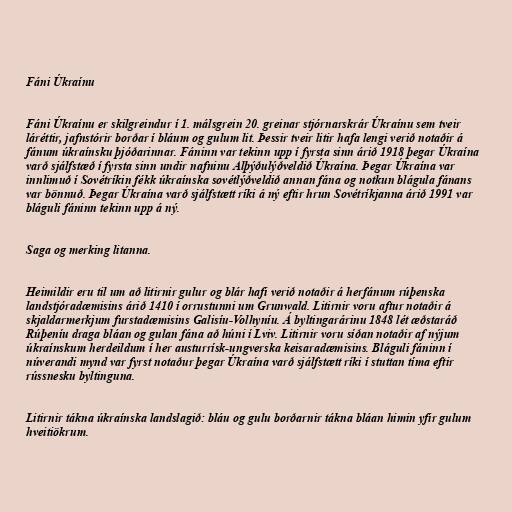
Fáni Úkraínu

Fáni Úkraínu er skilgreindur í 1. málsgrein 20. greinar stjórnarskrár Úkraínu sem tveir
láréttir, jafnstórir borðar í bláum og gulum lit. Þessir tveir litir hafa lengi verið notaðir á
fánum úkraínsku þjóðarinnar. Fáninn var tekinn upp í fyrsta sinn árið 1918 þegar Úkraína
varð sjálfstæð í fyrsta sinn undir nafninu Alþýðulýðveldið Úkraína. Þegar Úkraína var
innlimuð í Sovétríkin fékk úkraínska sovétlýðveldið annan fána og notkun blágula fánans
var bönnuð. Þegar Úkraína varð sjálfstætt ríki á ný eftir hrun Sovétríkjanna árið 1991 var
bláguli fáninn tekinn upp á ný.

Saga og merking litanna.

Heimildir eru til um að litirnir gulur og blár hafi verið notaðir á herfánum rúþenska
landstjóradæmisins árið 1410 í orrustunni um Grunwald. Litirnir voru aftur notaðir á
skjaldarmerkjum furstadæmisins Galisíu-Volhyníu. Á byltingarárinu 1848 lét æðstaráð
Rúþeníu draga bláan og gulan fána að húni í Lviv. Litirnir voru síðan notaðir af nýjum
úkraínskum herdeildum í her austurrísk-ungverska keisaradæmisins. Bláguli fáninn í
núverandi mynd var fyrst notaður þegar Úkraína varð sjálfstætt ríki í stuttan tíma eftir
rússnesku byltinguna.

Litirnir tákna úkraínska landslagið: bláu og gulu borðarnir tákna bláan himin yfir gulum
hveitiökrum.